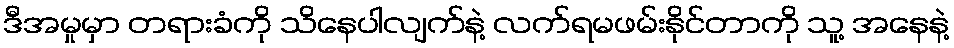
ဒီအမှုမှာ တရားခံကို သိနေပါလျက်နဲ့ လက်ရမဖမ်းနိုင်တာကို သူ့ အနေနဲ့